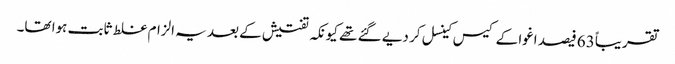
تقریباً 63 فیصد اغوا کے کیس کینسل کر دیے گئے تھے کیونکہ تفتیش کے بعد یہ الزام غلط ثابت ہوا تھا۔